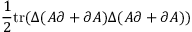
\frac { 1 } { 2 } \mathrm { t r } ( \Delta ( A \partial + \partial A ) \Delta ( A \partial + \partial A ) )